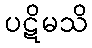
ပဋိမသိ